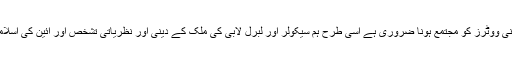
دین کے غلبے اور نظام مصطفی کے قیام کے لیے دینی ووٹرز کو مجتمع ہونا ضروری ہے اسی طرح ہم سیکولر اور لبرل لابی کی ملک کے دینی اور نظریاتی تشخص اور آئین کی اسلامی دفعات کے خلاف سازشو ں کو ناکام بناسکتے ہیں ۔